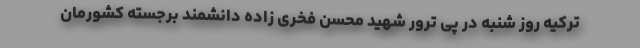
ترکیه روز شنبه در پی ترور شهید محسن فخری زاده دانشمند برجسته کشورمان